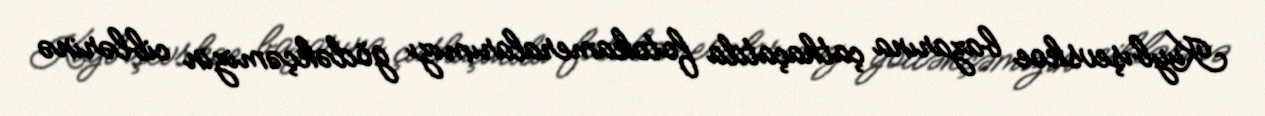
Kuybışevskoe bazarına çathaçatda fotokameralarımızı gödəkçəmizin ciblərinə